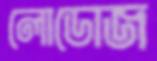
লোডোজ